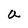
Character: a